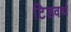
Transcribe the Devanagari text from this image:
टिडवर्थ